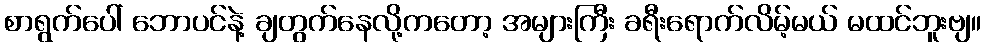
စာရွက်ပေါ် ဘောပင်နဲ့ ချတွက်နေလို့ကတော့ အများကြီး ခရီးရောက်လိမ့်မယ် မထင်ဘူးဗျ။